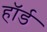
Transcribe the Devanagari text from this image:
हॉर्ड